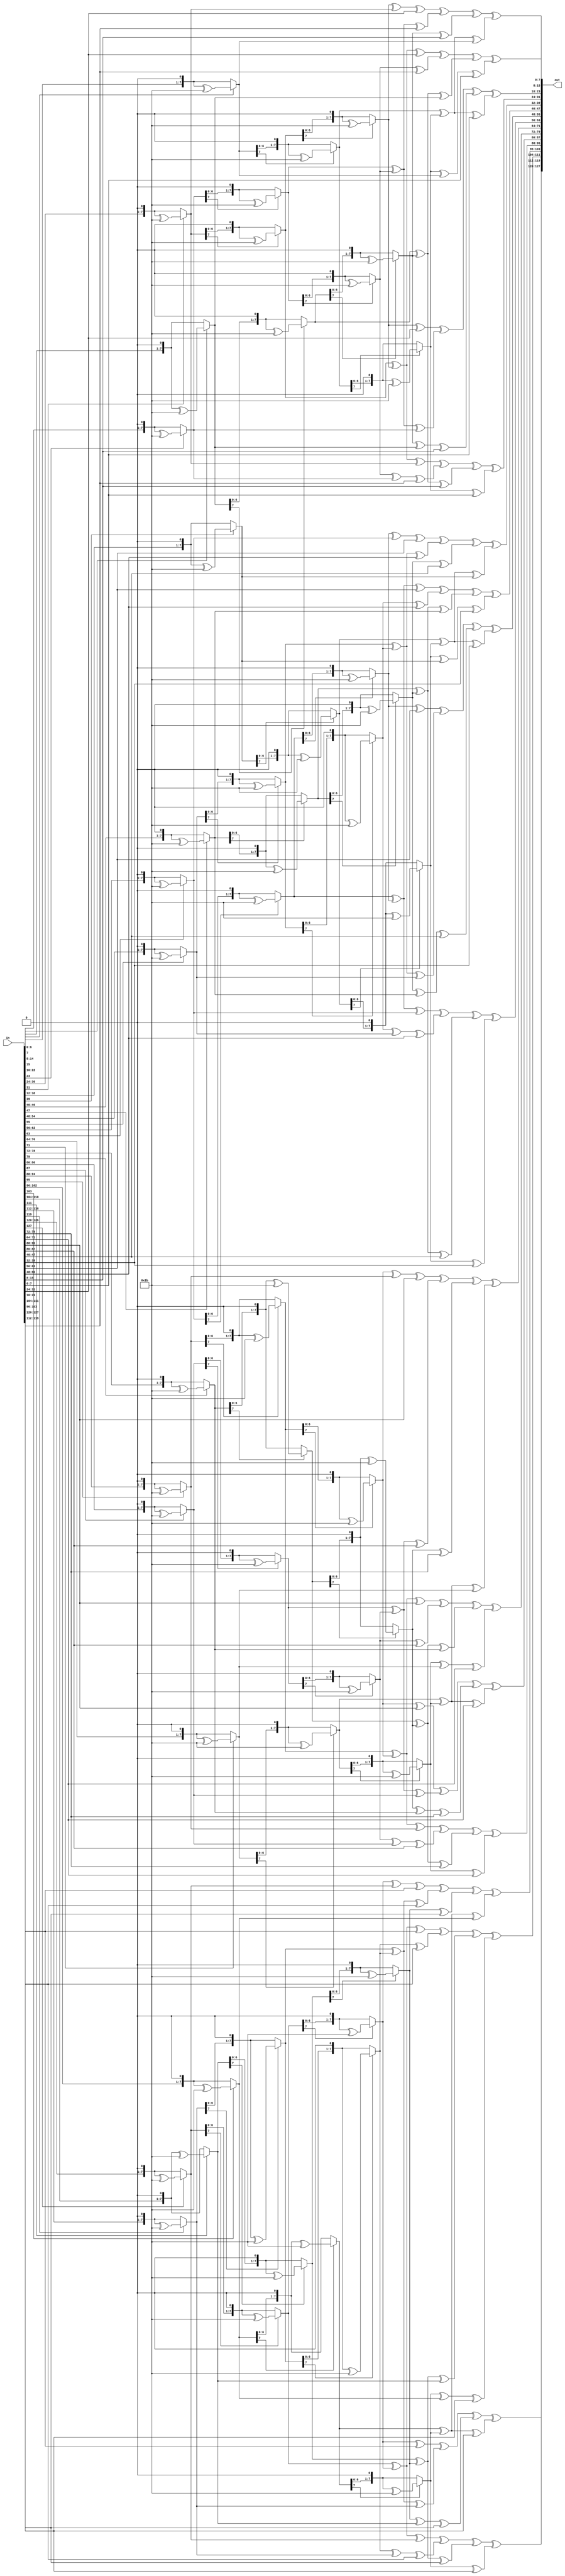
module Inv_Mix_Columns(in,out);
input [0:127]in;
output [0:127]out;
/////////////////////////////////////////////////
function [0:7]multiply2;
input [0:7]x;
begin
if(x[0]==1)
multiply2=((x<<1)^8'h1b);
else
multiply2=x<<1;
end
endfunction 
////////////////////////////////////////////////
function [0:7]multiplye;  //e=8+4+1
input[0:7]x;
begin
multiplye=multiply2(multiply2(x))^multiply2(multiply2(multiply2(x)))^multiply2(x);
end
endfunction
/////////////////////////////////////////////////
function [0:7]multiplyd;   //d=8+2+1
input[0:7]x;
begin
multiplyd=multiply2(multiply2(x))^multiply2(multiply2(multiply2(x)))^x;
end
endfunction
//////////////////////////////////////////////////
function [0:7]multiplyb;   //
input[0:7]x;
begin
multiplyb=multiply2(multiply2(multiply2(x)))^multiply2(x)^x;
end
endfunction
//////////////////////////////////////////////////
function [0:7]multiply9;
input[0:7]x;
begin
multiply9=multiply2(multiply2(multiply2(x)))^x;
end
endfunction
//////////////////////////////////////////////////
genvar i;
generate
for(i=0;i<4;i=i+1)begin
assign out[(32*i)+:8]=multiplye(in[(32*i)+:8])^multiplyb(in[(32*i+8)+:8])^multiplyd(in[(32*i+16)+:8])^multiply9(in[(32*i+24)+:8]);
assign out[(32*i+8)+:8]=multiply9(in[(32*i)+:8])^multiplye(in[(32*i+8)+:8])^multiplyb(in[(32*i+16)+:8])^multiplyd(in[(32*i+24)+:8]);
assign out[(32*i+16)+:8]=multiplyd(in[(32*i)+:8])^multiply9(in[(32*i+8)+:8])^multiplye(in[(32*i+16)+:8])^multiplyb(in[(32*i+24)+:8]);
assign out[(32*i+24)+:8]=multiplyb(in[(32*i)+:8])^multiplyd(in[(32*i+8)+:8])^multiply9(in[(32*i+16)+:8])^multiplye(in[(32*i+24)+:8]);
end
endgenerate
endmodule